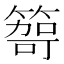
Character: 𥰮